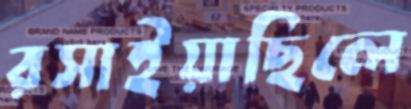
রসাইয়াছিলে